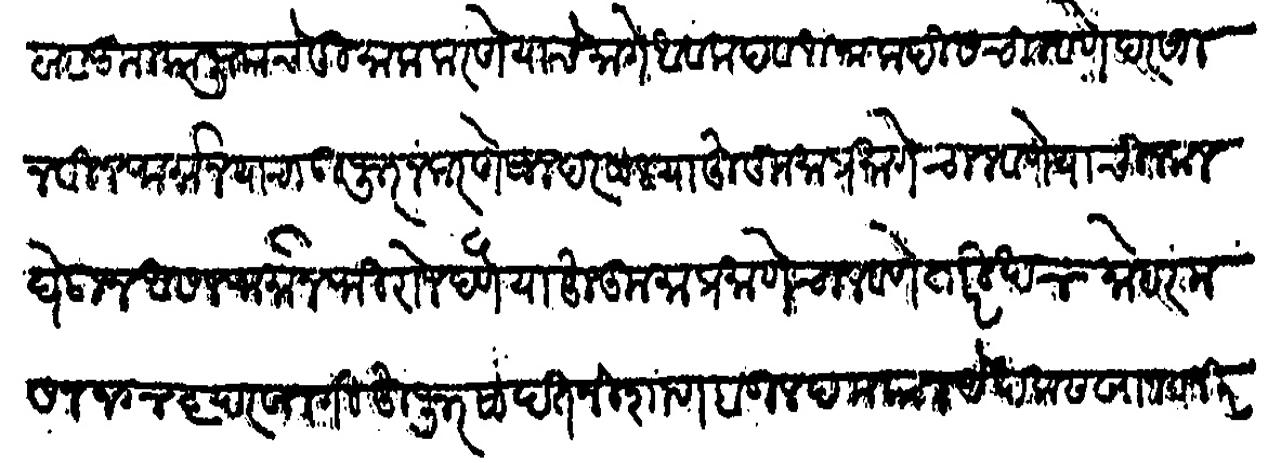
Transliteration (Devanagari): बाब कूल कानू याचे दुमाला करणे याचे मागे अवलाद व अफलादीस चालवणे दर साल नवीन फर्मान याचा उजूर न करणे साल दर साल या हुकुमा प्रमाणे चालवणे याची नकल घेऊन असल फर्मान फिरोन देणे या हुकुमा प्रमाणे चालवणे तारिख ४ मोहरम सन १०४६ फसली परवानगी हुजूर सादत निशाण बुलंद मकान येखलास खान वजिर